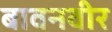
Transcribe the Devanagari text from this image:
बावनवीर